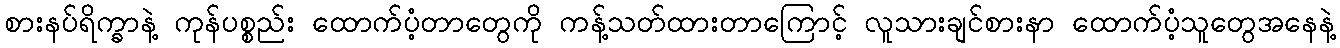
စားနပ်ရိက္ခာနဲ့ ကုန်ပစ္စည်း ထောက်ပံ့တာတွေကို ကန့်သတ်ထားတာကြောင့် လူသားချင်စားနာ ထောက်ပံ့သူတွေအနေနဲ့